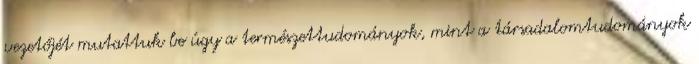
vezetőjét mutattuk be úgy a természettudományok, mint a társadalomtudományok